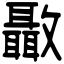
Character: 𣀳